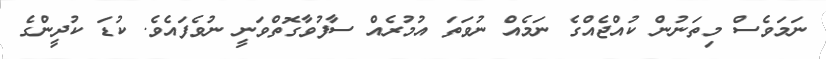
ނަމަވެސް މިތަނުން ކުއްޖެއްގެ ނަމެއް ނުވަތަ އުމުރެއް ސާފުވާގޮތްވަނީ ނުވެފައެވެ. ކުޑަ ކުދީންގެ